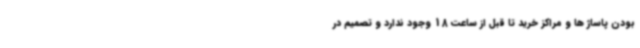
بودن پاساژ ها و مراکز خرید تا قبل از ساعت 18 وجود ندارد و تصمیم در